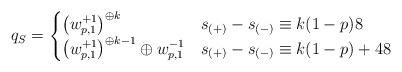
LaTeX: \begin{align*} q_S = \begin{cases} \left( w^{+1}_{p,1} \right)^{\oplus k} & s_{(+)}-s_{(-)} \equiv k(1-p) 8 \\\left( w^{+1}_{p,1} \right)^{\oplus k-1} \oplus w^{-1}_{p,1} & s_{(+)}-s_{(-)} \equiv k(1-p) +4 8 \\\end{cases}\end{align*}